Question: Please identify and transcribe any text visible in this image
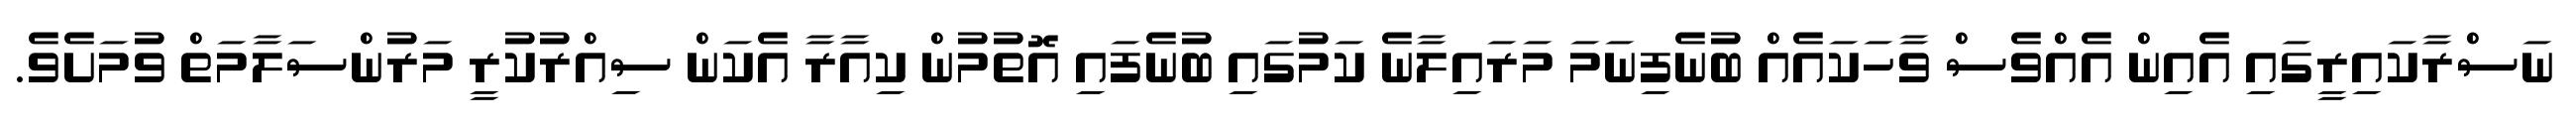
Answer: ނަސްރާކައިރީގައި އެއިން އެއްވެސް ވާހަކައެއް ބުނެފިނަމަ މަރައިލާނެ ކަމުގައި ބުނެފައި އޮތުމުން ކިއާރާ އެކަން ސިއްރުކުރީ މަރުންސަލާމަތް ވުމަށެވެ.